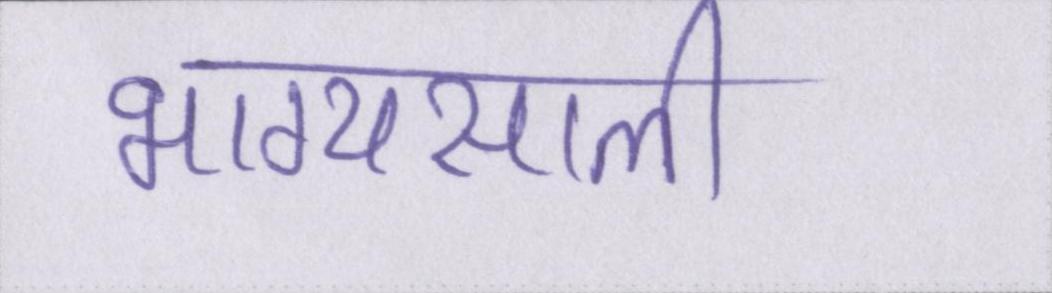
भाग्यसाली